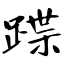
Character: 蹀